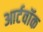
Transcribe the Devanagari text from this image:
आर्टवॉक